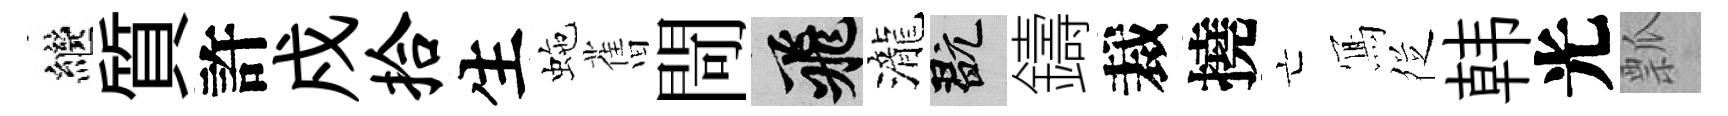
繼質許戍拾生虵𦾔閜飛瀧玩鑄裁撓亡𭂁徔韩光瓢